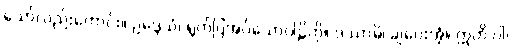
သော်လည်းကောင်း။ ဥဒ္ဒေသံ၊ ရွက်ပြအပ်သောဝါဠိကို။ ဒဿာမိ၊ ချပေးအံ့။ ဣတိ ဝါ၊